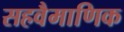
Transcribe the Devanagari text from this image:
सहवैमाणिक